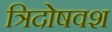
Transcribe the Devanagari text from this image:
त्रिदोषवश